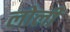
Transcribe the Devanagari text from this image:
लोली